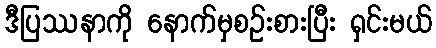
ဒီပြဿနာကို နောက်မှစဉ်းစားပြီး ရှင်းမယ်